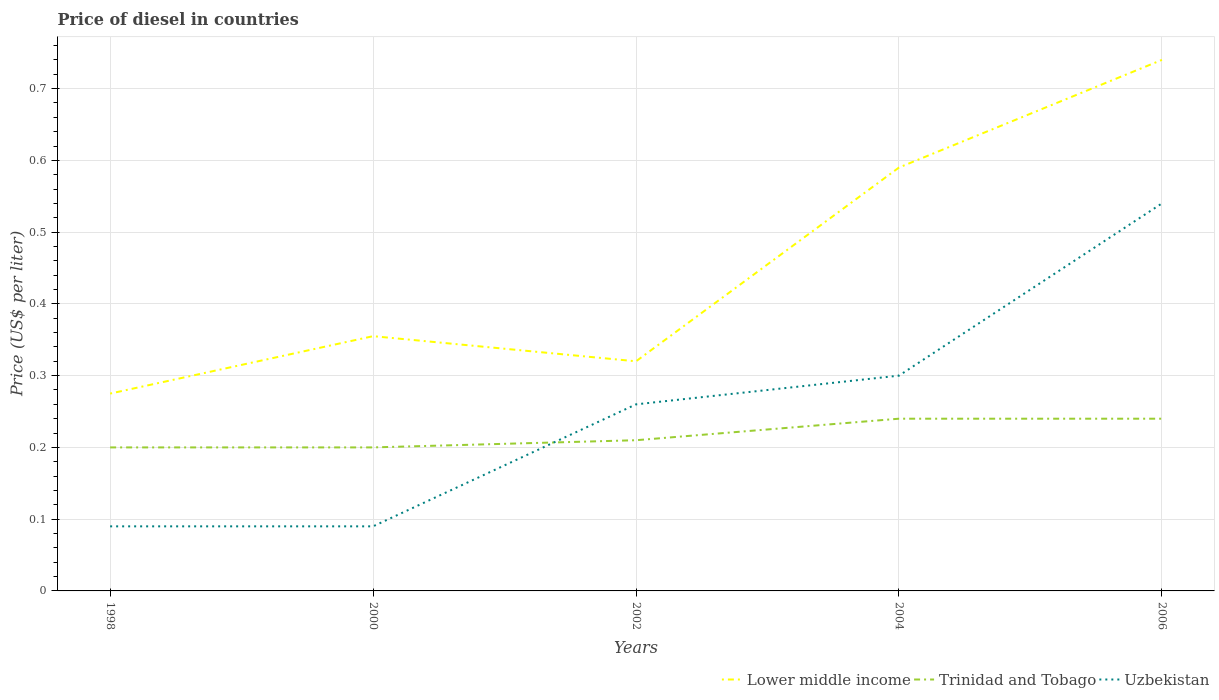
| Years | Lower middle income | Trinidad and Tobago | Uzbekistan |
 | --- | --- | --- | --- |
 | 1998 | 0.275 | 0.2 | 0.09 |
 | 2000 | 0.355 | 0.2 | 0.09 |
 | 2002 | 0.32 | 0.21 | 0.26 |
 | 2004 | 0.59 | 0.24 | 0.3 |
 | 2006 | 0.74 | 0.24 | 0.54 |